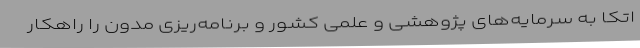
اتکا به سرمایه‌های پژوهشی و علمی کشور و برنامه‌ریزی مدون را راهکار